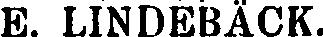
E. LINDEBÄCK.